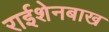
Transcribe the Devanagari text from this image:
राईशेनबाख